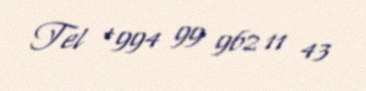
Tel +994 99 962 11 43